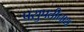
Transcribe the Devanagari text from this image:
पसुपतीनाथ